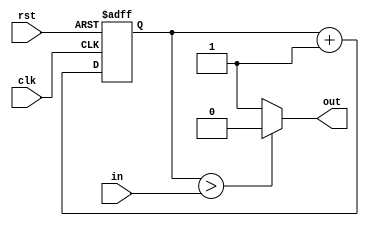
module DAC(output reg out,input[7:0]in,input clk,rst);
	reg[7:0] counter;
	always @(posedge clk, negedge rst) begin
    	    if(~rst)
      		  counter <= 8'd0;
    	    else 
      		  counter <= counter + 1'b1;
	end
	always@(counter,in)begin
             if(counter > in)
		  out = 1'b0;
	     else 
                  out = 1'b1;
	end
endmodule